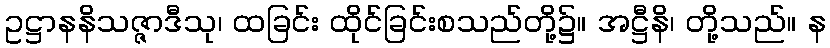
ဥဋ္ဌာနနိသဇ္ဇာဒီသု၊ ထခြင်း ထိုင်ခြင်းစသည်တို့၌။ အဋ္ဌီနိ၊ တို့သည်။ န